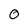
Character: O